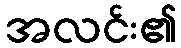
အလင်း၏